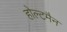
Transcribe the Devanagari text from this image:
होल्टमैन